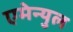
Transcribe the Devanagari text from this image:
एमेन्युल